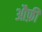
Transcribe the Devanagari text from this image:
औफ़ी